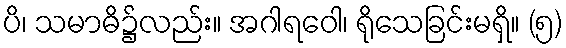
ပိ၊ သမာဓိ၌လည်း။ အဂါရဝေါ၊ ရိုသေခြင်းမရှိ။ (၅)